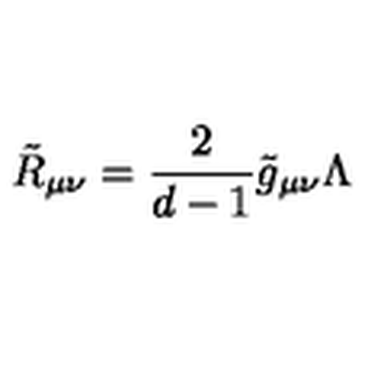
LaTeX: \tilde { R } _ { \mu \nu } = \frac { 2 } { d - 1 } \tilde { g } _ { \mu \nu } \Lambda